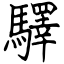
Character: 驛